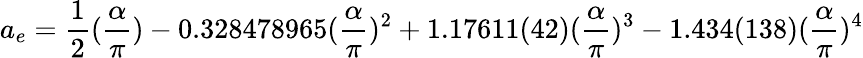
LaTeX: a_{e}=\frac 12(\frac\alpha\pi)-0.328478965(\frac\alpha\pi)^{2}+1.17611(42)(\frac\alpha\pi)^{3}-1.434(138)(\frac\alpha\pi)^{4}